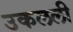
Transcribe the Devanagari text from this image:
उकलली